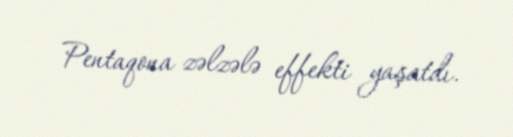
Pentaqona zəlzələ effekti yaşatdı.